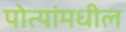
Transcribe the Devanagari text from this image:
पोत्यांमधील